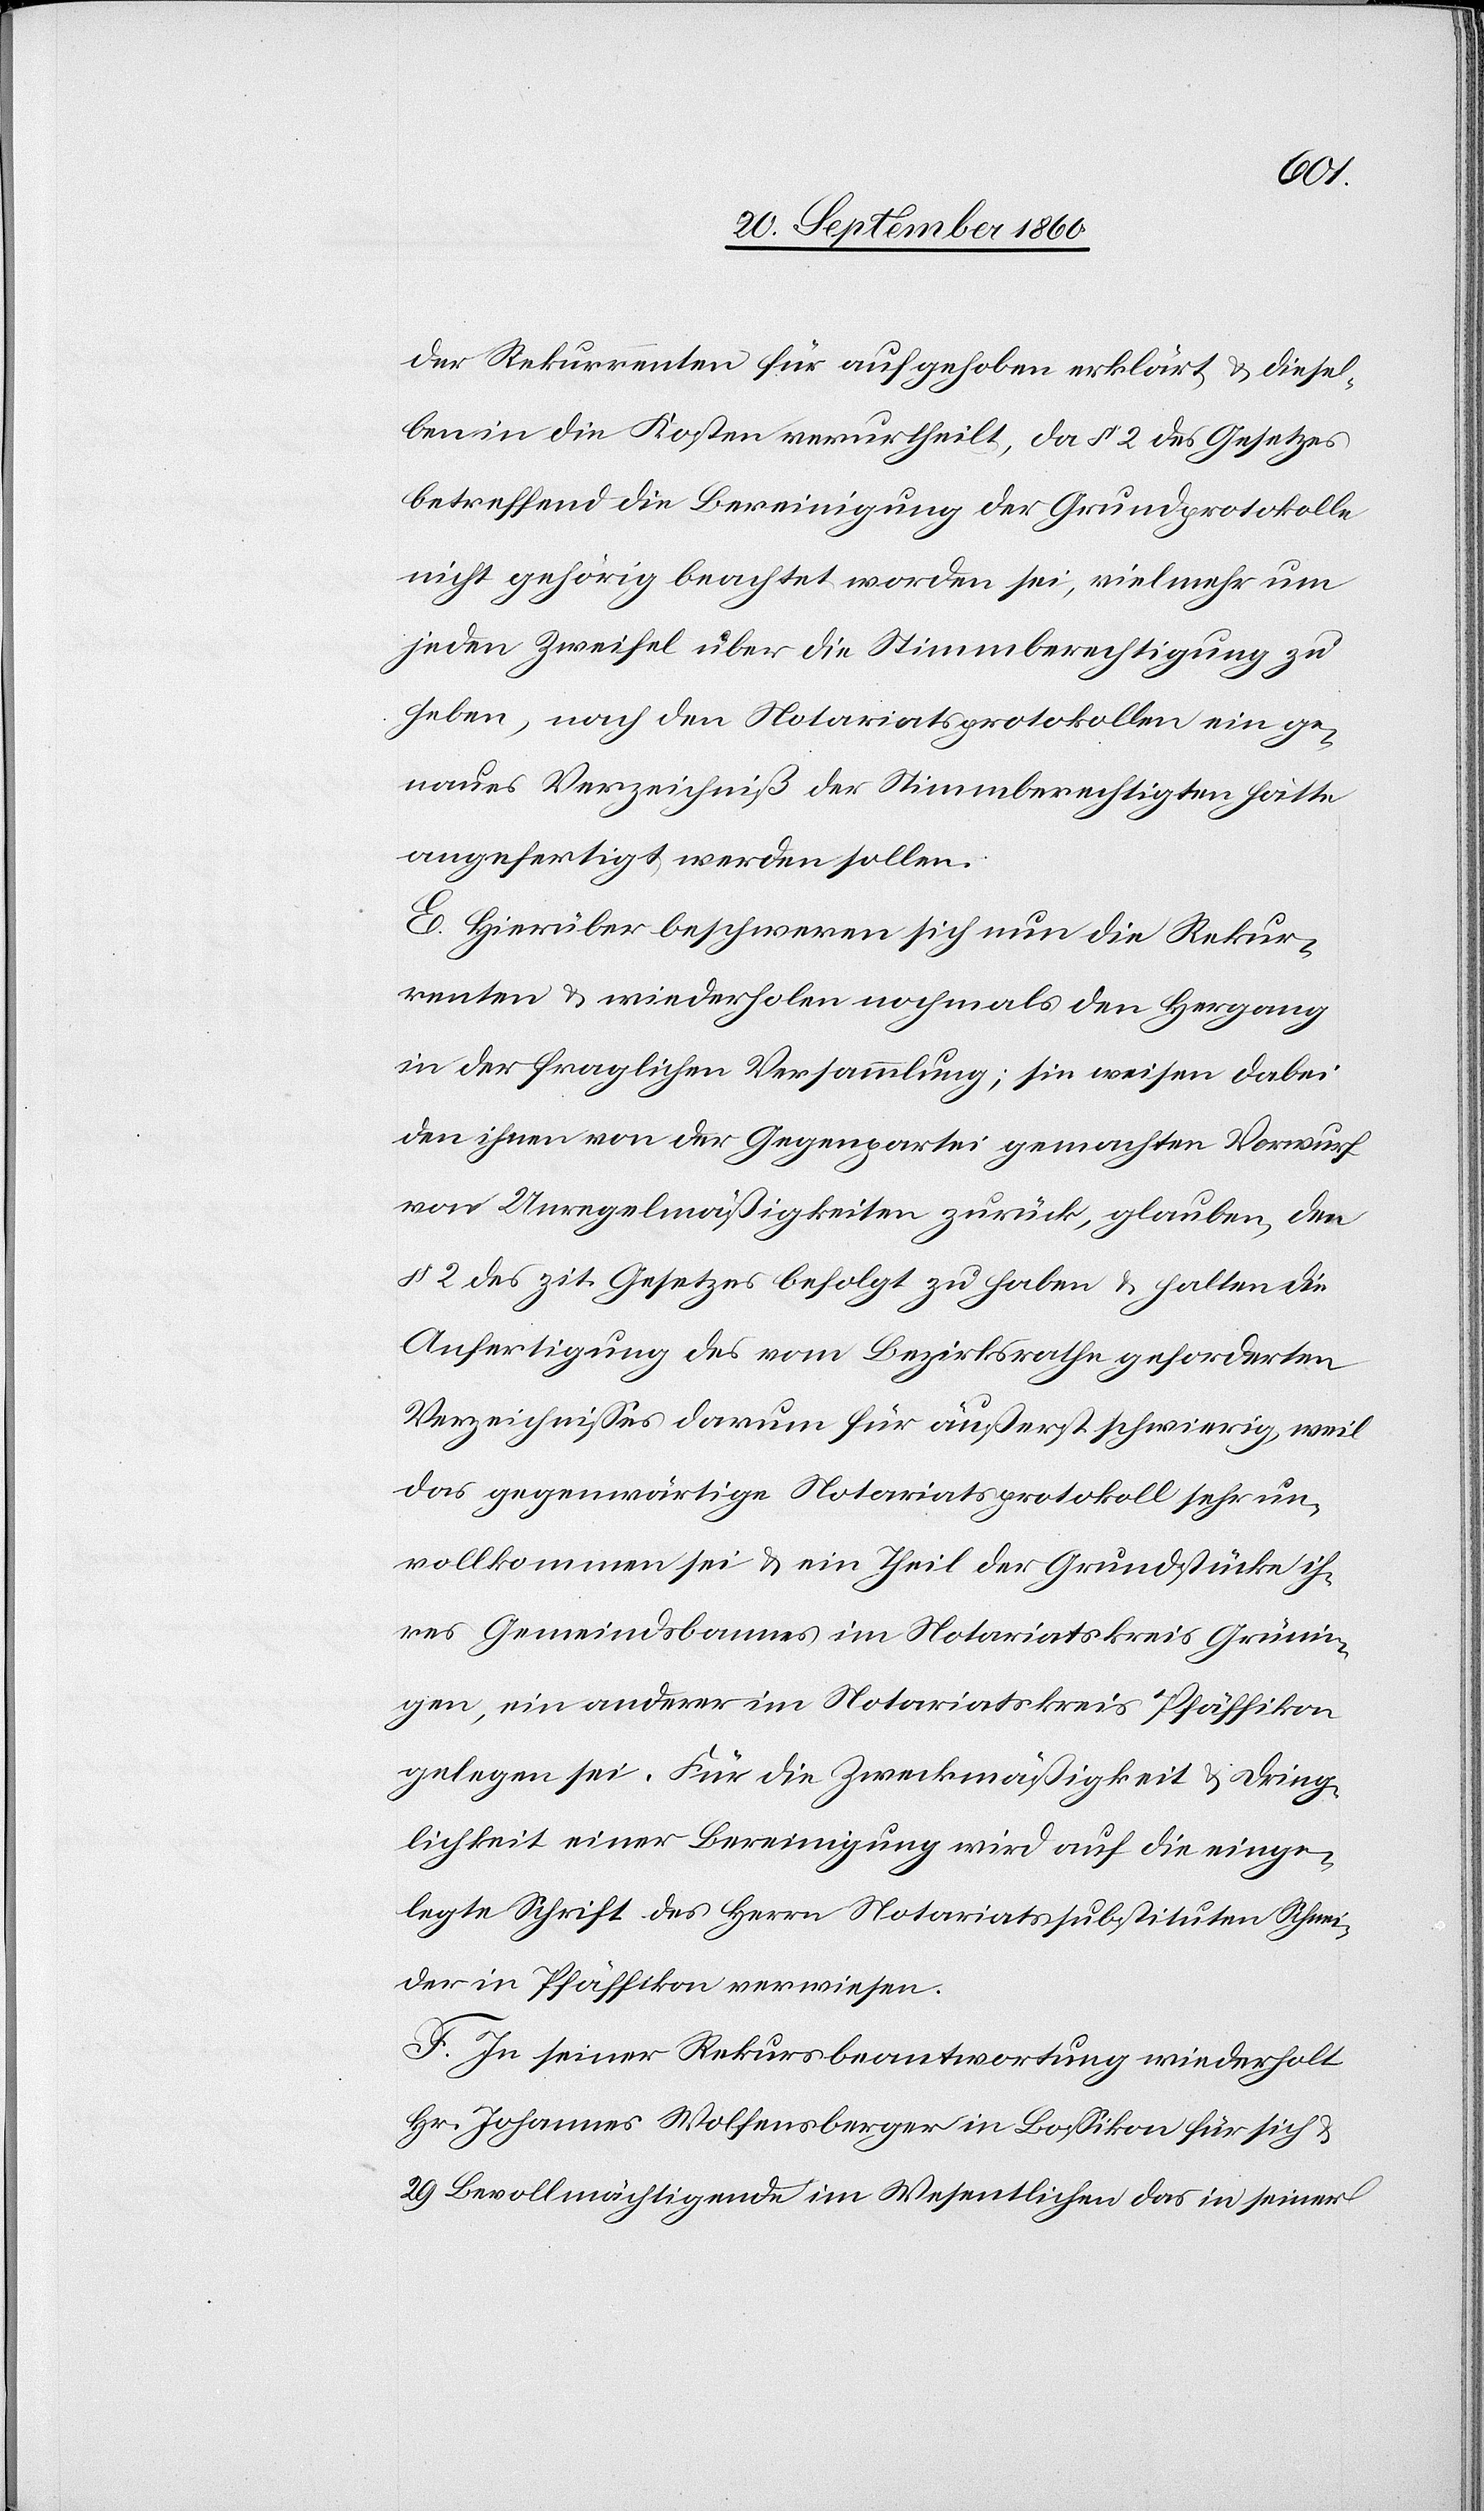
der Rekurrenten für aufgehoben erklärt & diesel¬
ben in die Kosten verurtheilt, da § 2 des Gesetzes
betreffend die Bereinigung der Grundprotokolle
nicht gehörig beachtet worden sei, vielmehr um
jeden Zweifel über die Stimmberechtigung zu
heben, nach den Notariatsprotokollen ein ge¬
naues Verzeichniß der Stimmberechtigten hätte
angefertigt werden sollen.
E. Hierüber beschweren sich nun die Rekur¬
renten & wiederholen nochmals den Hergang
in der fraglichen Versammlung; sie weisen dabei
den ihnen von der Gegenpartei gemachten Vorwurf
von Unregelmäßigkeiten zurück, glauben, den
§ 2 des zit. Gesetzes befolgt zu haben & halten die
Anfertigung des vom Bezirksrathe geforderten
Verzeichnisses darum für äußerst schwierig, weil
das gegenwärtige Notariatsprotokoll sehr un¬
vollkommen sei & ein Theil der Grundstücke ih¬
res Gemeindsbannes im Notariatskreis Grünin¬
gen, ein anderer im Notariatskreis Pfäffikon
gelegen sei. Für die Zweckmäßigkeit & Dring¬
lichkeit einer Bereinigung wird auf die einge¬
legte Schrift des Herrn Notariatssubstituten Schnei¬
der in Pfäffikon verwiesen.
F. In seiner Rekursbeantwortung wiederholt
Hr. Johannes Wolfensberger in Bossikon für sich &
29 Bevollmächtigende im Wesentlichen das in seiner